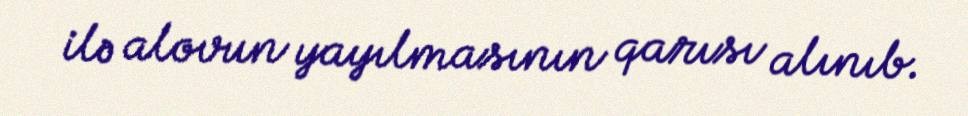
ilə alovun yayılmasının qarısı alınıb.